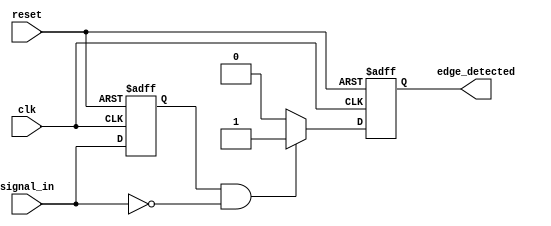
module negative_edge_detector (
    input wire clk,           // Clock input
    input wire reset,         // Asynchronous reset input
    input wire signal_in,     // Input signal to detect negative edge on
    output reg edge_detected   // Output signal indicating negative edge detection
);

    reg signal_in_prev; // Memory element to store the previous state of signal_in

    // Always block for edge detection and memory updating
    always @(posedge clk or posedge reset) begin
        if (reset) begin
            signal_in_prev <= 1'b0; // Initialize previous state to low on reset
            edge_detected <= 1'b0;   // Initialize edge_detected to low
        end else begin
            // Edge detection logic
            if (signal_in_prev == 1'b1 && signal_in == 1'b0) begin
                edge_detected <= 1'b1; // A negative edge is detected
            end else begin
                edge_detected <= 1'b0; // No negative edge detected
            end
            // Update previous state for next clock cycle
            signal_in_prev <= signal_in;
        end
    end

endmodule